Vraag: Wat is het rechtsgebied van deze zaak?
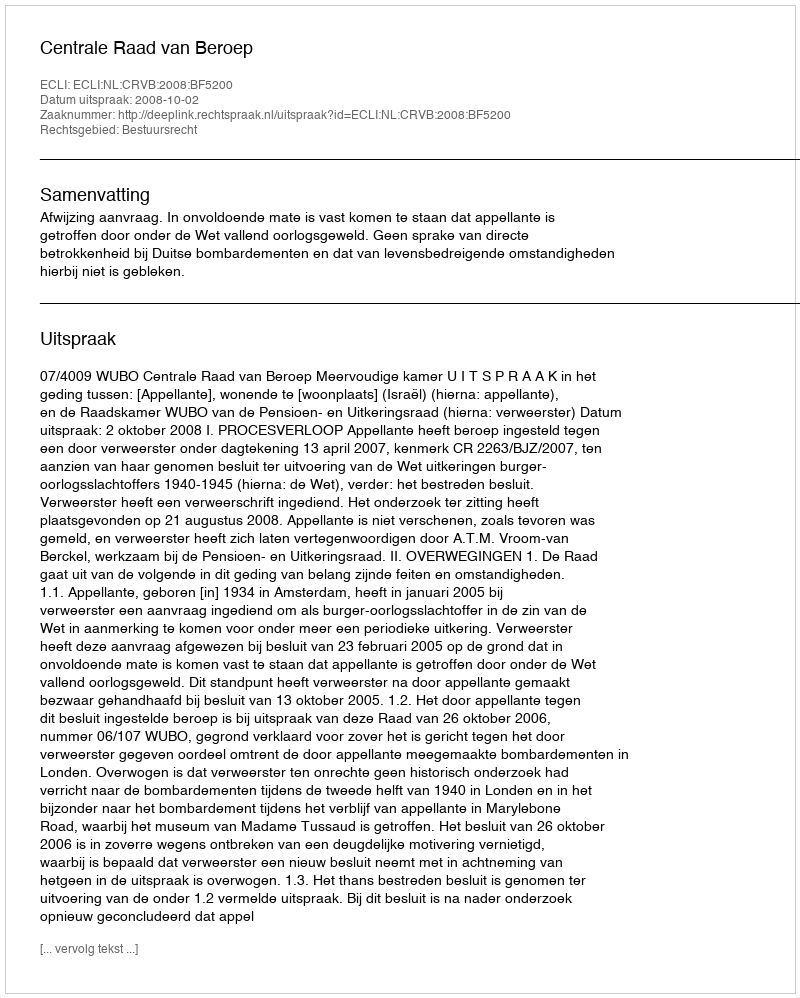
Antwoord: Bestuursrecht